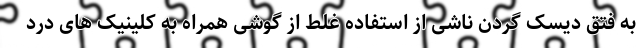
به فتق دیسک گردن ناشی از استفاده غلط از گوشی همراه به کلینیک های درد